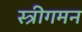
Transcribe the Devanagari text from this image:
स्त्रीगमन